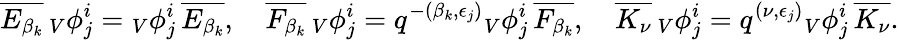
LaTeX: \overline{{E_{\beta_{k}}}}\, {_V\phi_{j}^{i}}={_V\phi_{j}^{i}}\, \overline{{E_{\beta_{k}}}},\quad\overline{{F_{\beta_{k}}}}\, {_V\phi_{j}^{i}}=q^{-(\beta_{k},\epsilon_{j})}{_V\phi_{j}^{i}}\, \overline{{F_{\beta_{k}}}},\quad\overline{{K_{\nu}}}\, {_V\phi_{j}^{i}}=q^{(\nu,\epsilon_{j})}{_V\phi_{j}^{i}}\, \overline{{K_{\nu}}}.